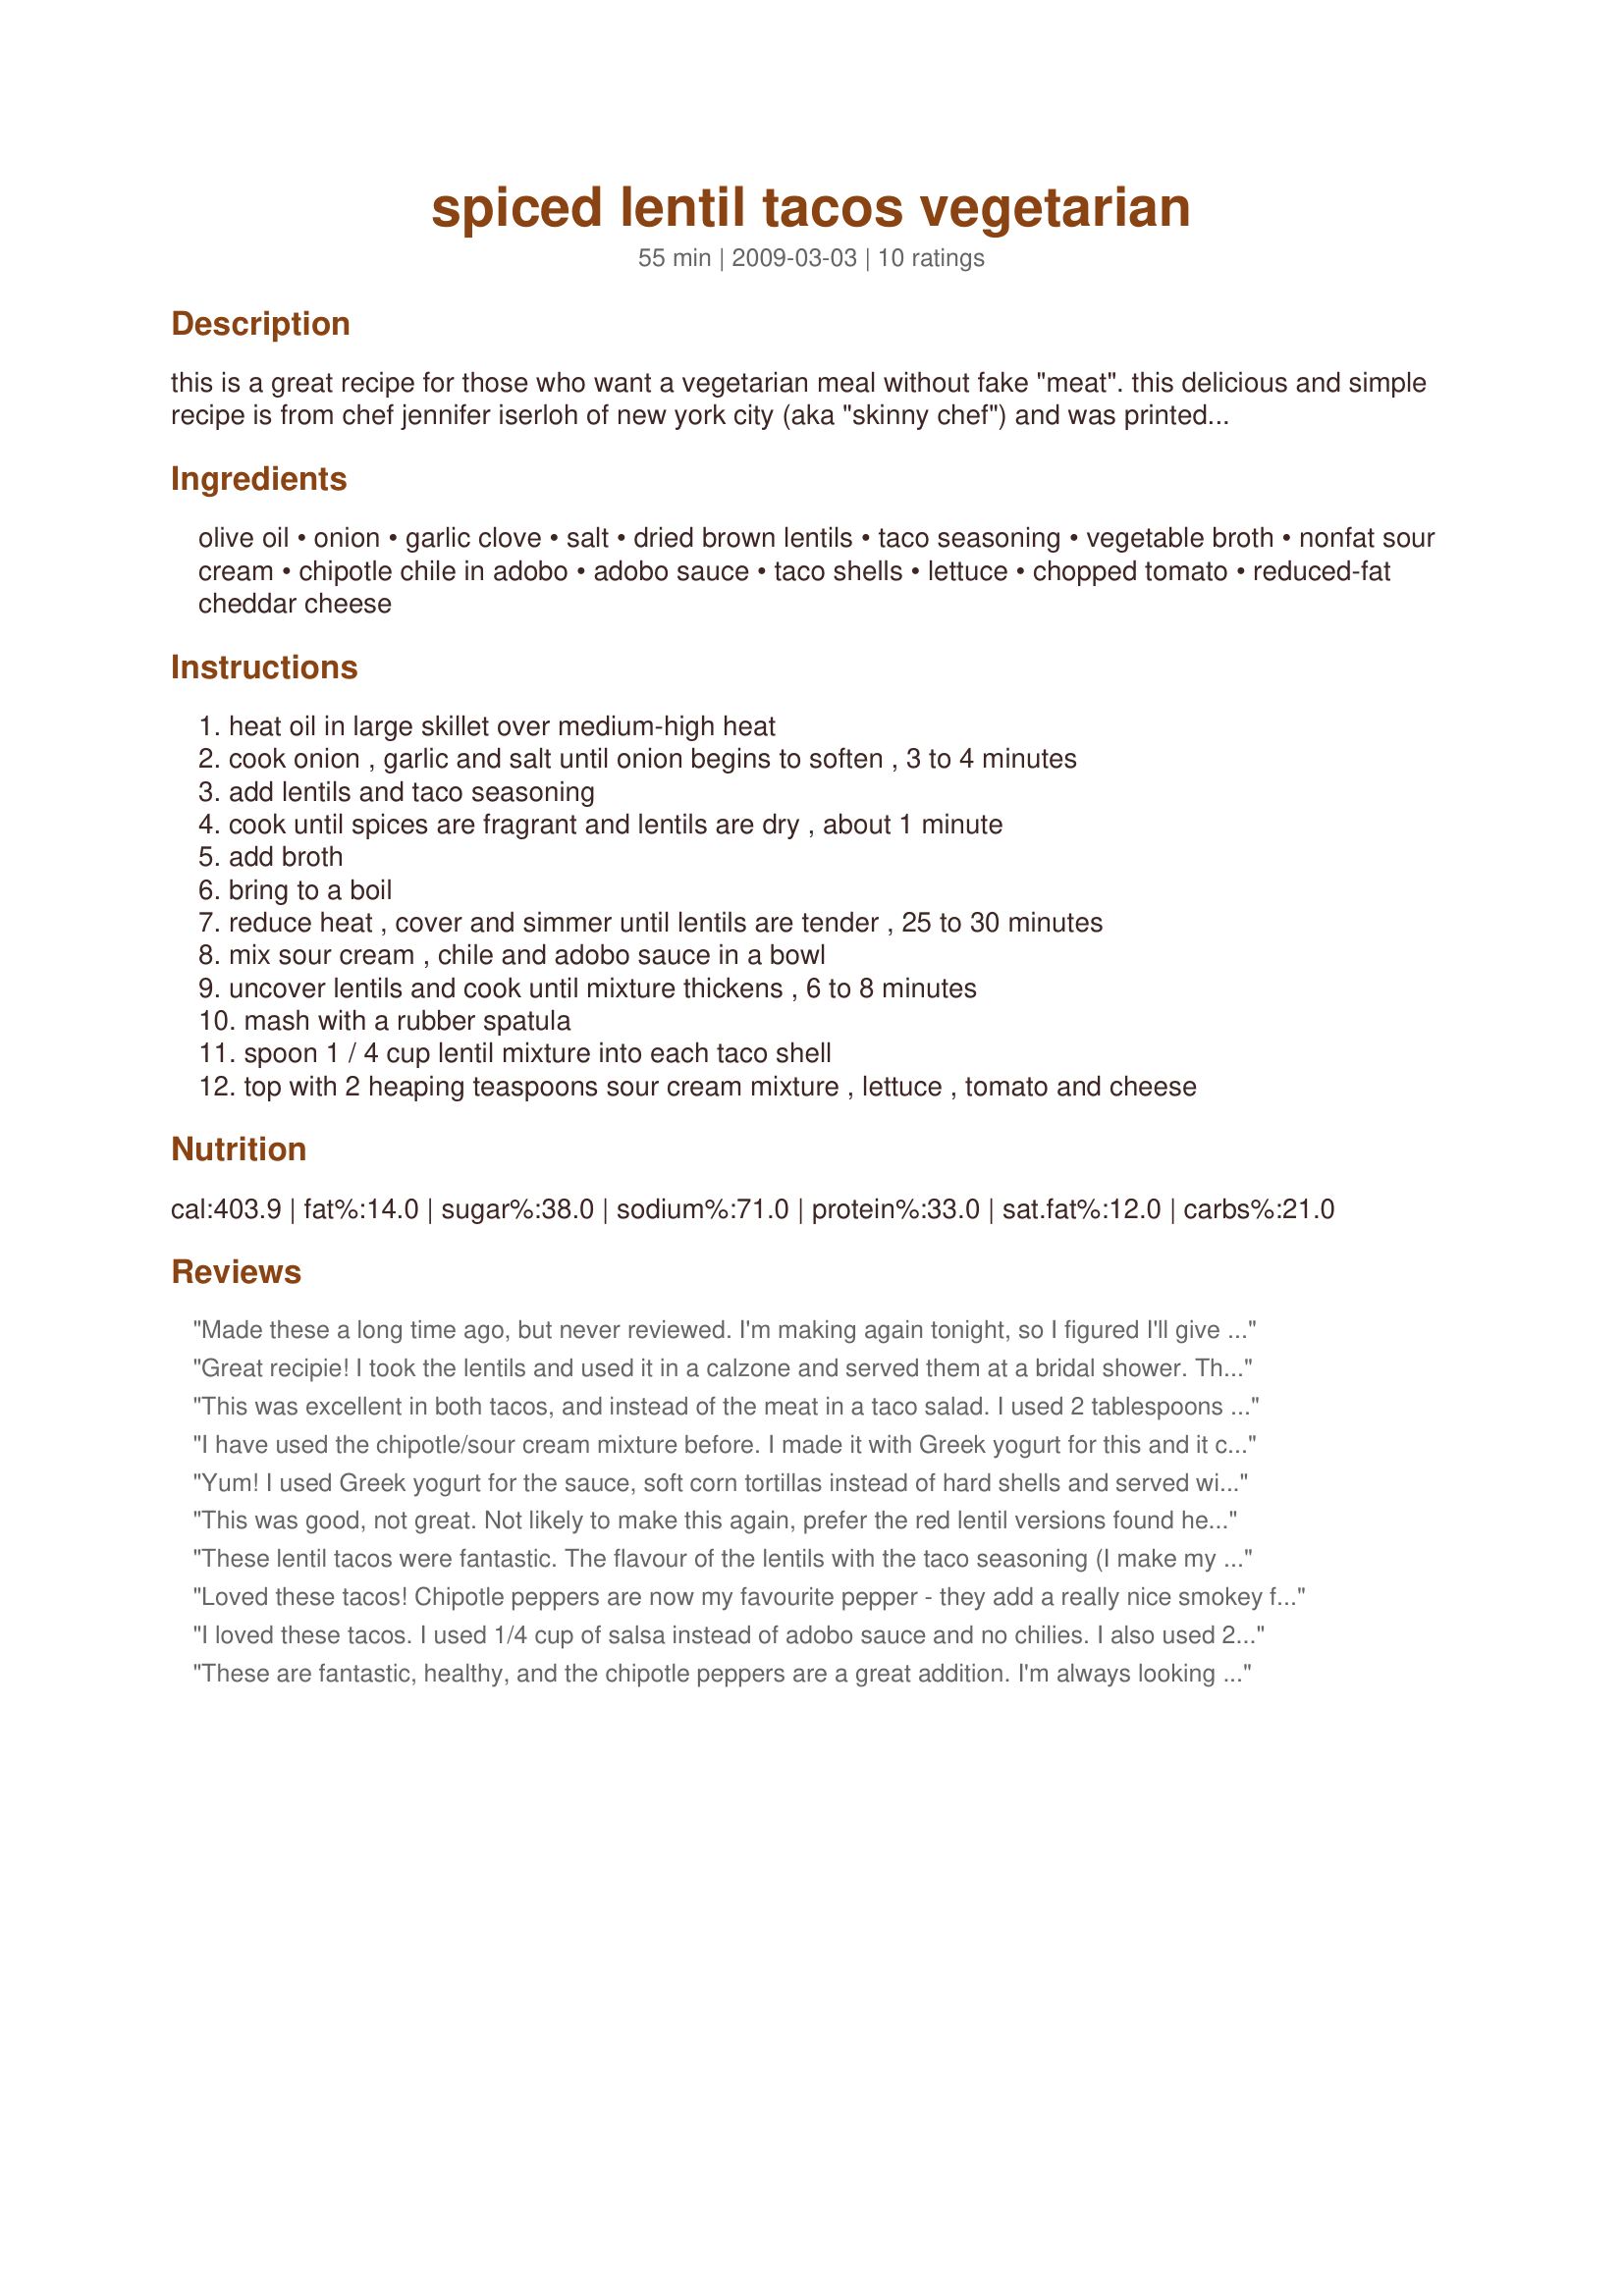
spiced lentil tacos vegetarian
Preparation time: 55 minutes

this is a great recipe for those who want a vegetarian meal without fake "meat". this delicious and simple recipe is from chef jennifer iserloh of new york city (aka "skinny chef") and was printed in this month's self magazine (february 2009). following the recipe results in an al dente lentil with a little chew to mimic the texture of ground beef. if you want a softer lentil, you can cook them about 15 minutes longer (in step 1) with added broth until soft.

Ingredients:
olive oil, onion, garlic clove, salt, dried brown lentils, taco seasoning, vegetable broth, nonfat sour cream, chipotle chile in adobo, adobo sauce, taco shells, lettuce, chopped tomato, reduced-fat cheddar cheese

Steps:
heat oil in large skillet over medium-high heat, cook onion , garlic and salt until onion begins to soften , 3 to 4 minutes, add lentils and taco seasoning, cook until spices are fragrant and lentils are dry , about 1 minute, add broth, bring to a boil, reduce heat , cover and simmer until lentils are tender , 25 to 30 minutes, mix sour cream , chile and adobo sauce in a bowl, uncover lentils and cook until mixture thickens , 6 to 8 minutes, mash with a rubber spatula, spoon 1 / 4 cup lentil mixture into each taco shell, top with 2 heaping teaspoons sour cream mixture , lettuce , tomato and cheese

Reviews:
Made these a long time ago, but never reviewed. I'm making again tonight, so I figured I'll give you some stars... Very good dish. My very first main meal with lentils! It actually gets my whole family to eat them surprisingly. They hate anything healthy.
Great recipie! I took the lentils and used it in a calzone and served them at a bridal shower. They were a hit!!
This was excellent in both tacos, and instead of the meat in a taco salad. I used 2 tablespoons of recipe#66591, and french lentils, whole wheat tortillas, all of which I would do again.
I have used the chipotle/sour cream mixture before. I made it with Greek yogurt for this and it came out just the same. I have to say that this was just ok for me. The recipe works great. So, I'm not going to rate stars.
Yum! I used Greek yogurt for the sauce, soft corn tortillas instead of hard shells and served with lime wedges. Next time I might try to work some cilantro into the mix. I love that this is vegetarian, high in fiber and tastes SO good. Carnivore hubby not as impressed but that just means more leftovers for me!
This was good, not great. Not likely to make this again, prefer the red lentil versions found here on 'zaar.
These lentil tacos were fantastic. The flavour of the lentils with the taco seasoning (I make my own so I know what is in it) was delicious. I will make them again soon!
Loved these tacos! Chipotle peppers are now my favourite pepper - they add a really nice smokey flavour to the tacos. I didn't have dried brown lentils on hand so I made it with canned which ended up significantly reducing the cooking time. The only thing is that you have to also reduce the vegetable broth since the canned lentils are already cooked.
I loved these tacos. I used 1/4 cup of salsa instead of adobo sauce and no chilies. I also used 2 tbsp of homemade taco seasoning instead of the package. Since I started eating vegetarian, I have been missing tacos...this is a great replacement.
These are fantastic, healthy, and the chipotle peppers are a great addition. I'm always looking for more ways to eat lentils, and this was extremely tasty. Thanks for sharing!
